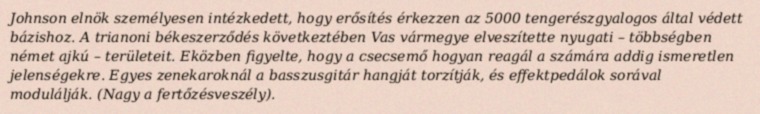
Johnson elnök személyesen intézkedett, hogy erősítés érkezzen az 5000 tengerészgyalogos által védett bázishoz. A trianoni békeszerződés következtében Vas vármegye elveszítette nyugati – többségben német ajkú – területeit. Eközben figyelte, hogy a csecsemő hogyan reagál a számára addig ismeretlen jelenségekre. Egyes zenekaroknál a basszusgitár hangját torzítják, és effektpedálok sorával modulálják. (Nagy a fertőzésveszély).